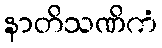
နာတိသဏိကံ